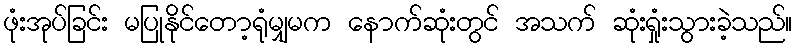
ဖုံးအုပ်ခြင်း မပြုနိုင်တော့ရုံမျှမက နောက်ဆုံးတွင် အသက် ဆုံးရှုံးသွားခဲ့သည်။